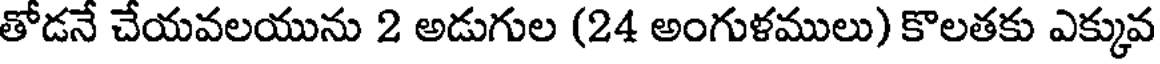
తోడనే చేయవలయును 2 అడుగుల (24 అంగుళములు) కొలతకు ఎక్కువ